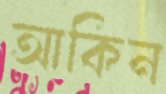
আকিন